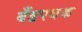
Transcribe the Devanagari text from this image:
बँडपथक